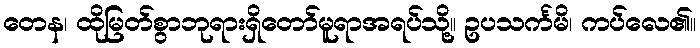
တေန၊ ထိုမြတ်စွာဘုရားရှိတော်မူရာအရပ်သို့။ ဥပသင်္ကမိ၊ ကပ်လေ၏။